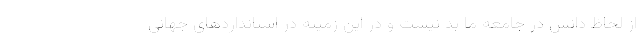
از لحاظ دانش در جامعه ما بد نیست و در این زمینه در استاندارد‌های جهانی